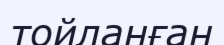
тойланған